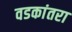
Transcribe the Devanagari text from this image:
वडकांतरा